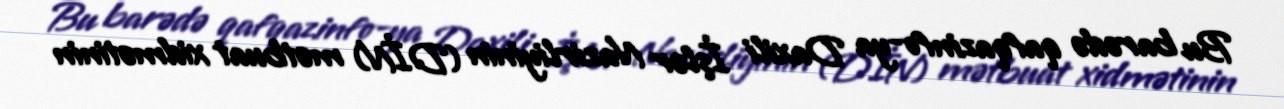
Bu barədə qafqazinfo-ya Daxili İşlər Nazirliyinin (DİN) mətbuat xidmətinin